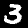
Digit: 3